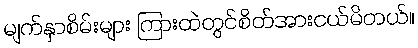
မျက်နှာစိမ်းများ ကြားထဲတွင်စိတ်အားငယ်မိတယ်။